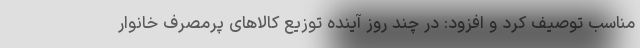
مناسب توصیف کرد و افزود: در چند روز آینده توزیع کالاهای پرمصرف خانوار